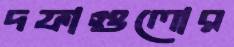
দফাগুলোর